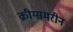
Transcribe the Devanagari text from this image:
क्रीग्समरीन